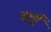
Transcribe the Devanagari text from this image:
वाईं